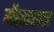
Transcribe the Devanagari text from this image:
मेंखारजह